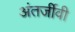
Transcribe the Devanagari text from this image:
अंतर्जीवी